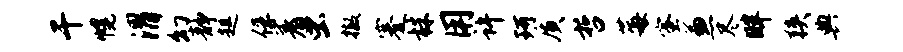
干幌渭幻静趄俘着虫撤蹇株用许珂质哲莓蜜兼尽畔狭典